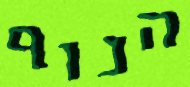
הנוף